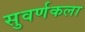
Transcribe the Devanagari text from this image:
सुवर्णकला